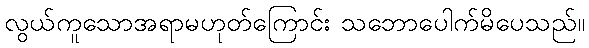
လွယ်ကူသောအရာမဟုတ်ကြောင်း သဘောပေါက်မိပေသည်။